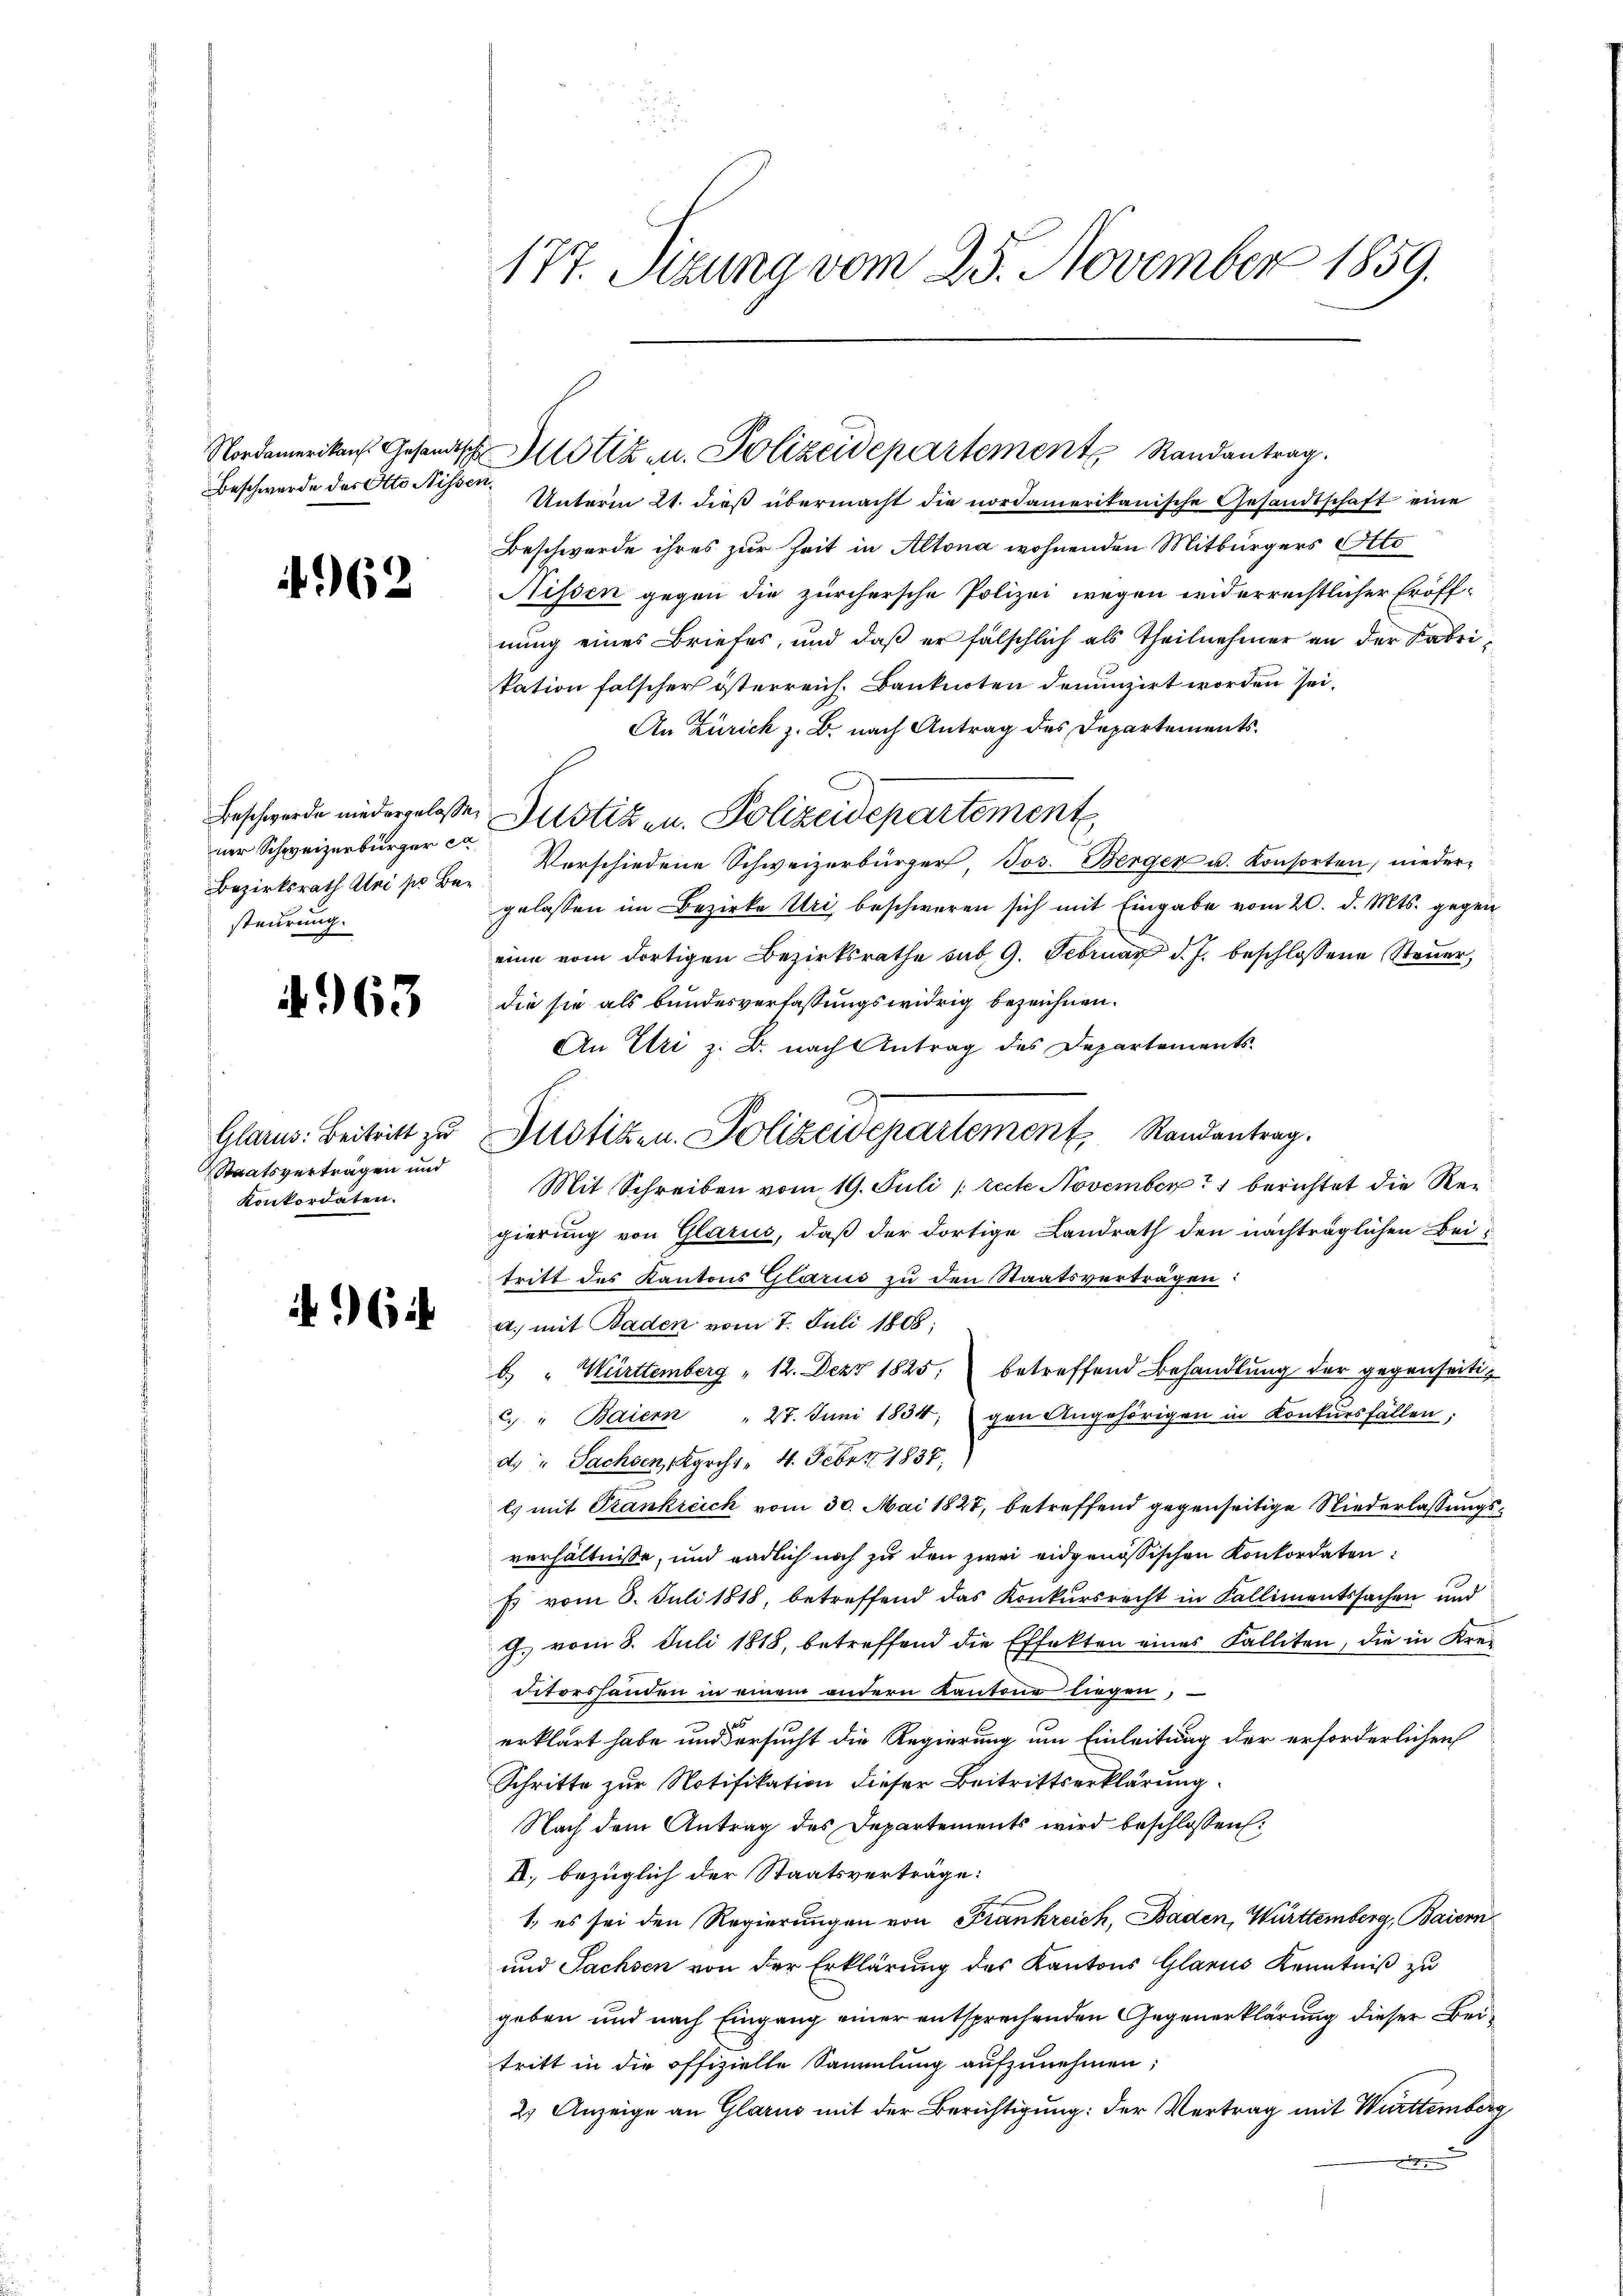
Beschwerde des Otto Nissen,

4962

Beschwerde niedergelasse,
ner Schweizerbürger ex
Bezirksrath bei sie Besteurung.

4963

Glarus: Beitritt zu
Staatsvertragen und
Konkordaten.

964

177. Stzung vom 25. November 1859.

Nordamerikans Gesandtsche Motiz u. Polizeidepartement Randantrag.

Unterm 21. dieß übermacht die nordamerikanische Gesandtschaft eine
Beschwerde ihres zur Zeit in Altona wohnenden Mitbürgers Otto
Sissen gegen die zürchersche Polizei wegen widerrechtlicher Eröffnung eines Briefes, und daß er fälschlich als Theilnehmer an der Fabritation falscher österreich. Banknoten denunzirt worden sei.
An Zürich z. B. nach Antrag des Departements¬
Justizen. Polizeidepartement
Verschiedene Schweizerbürger, Jos. Berger u. Konsorten, niedergelassen im Bezirke Uri, beschweren sich mit Eingabe vom 20. d. Mts. gegen
eine vom dortigen Bezirksrathe sub. 9. Februar d. J. beschlossene Steuer,
die sie als bundesverfassungswidrig bezeichnen.
An Uri z. B. nach Antrag des Departements-
Mit Schreiben vom 19. Juli [recte November berichtet die Regierung von Glarus, daß der dortige Landrath den nachträglichen Beitritt des Kantons Glarus zu den Staatsverträgen:
a., mit Baden vom 7. Juli 1868;
b. " Württemberg " 12. Dez. 1825. betreffend Behandlung der gegenseitig
c. " Baiern " 27. Juni 1834. gen Angehörigen in Konkŭrsfällen:
d. " Sachsen, Kgrch. - 4. Feber 1837;
es mit Frankreich vom 30. Mai 1827, betreffend gegenseitige Niederlassungsverhältnisse, und endlich noch zu den zwei eidgenössischen Konkordaten:
p vom 3. Juli 1818, betreffend das Konkursrecht in Kallimentssachen und
G. vom 8. Juli 1818, betreffend die Effekten eines Falliten, die in Kre-
ditorshanden in einem andern Kantone liegen,
erklärt habe und Versucht die Regierung um Einleitung der erforderlichen
Schritte zur Notifikation dieser Beitrittserklärung
Nach dem Antrag des Departements wird beschlossen:
A. bezüglich der Staatsverträge:
1, es sei den Regierungen von Frankreich, Baden, Württemberg, Baiern
und Sachsen von der Erklärung des Kantons Glarus Kenntniß zu
geben und nach Eingang einer entsprechenden Gegenerklärung dieser Beitritt in die offizielle Sammlung aufzunehmen;
2) Anzeige an Glarus mit der Berichtigung: der Vertrag mit Württemberg

Justizen. Polizeidepartement, Randantrag.